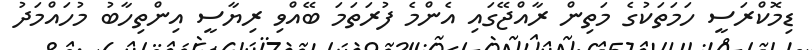
ޑިމޮކްރަސީ ހަމަތަކުގެ މަތިން ރާއްޖޭގައި އެންމެ ފުރަތަމަ ބޭއްވި ރިޔާސީ އިންތިހާބު މުހައްމަދު